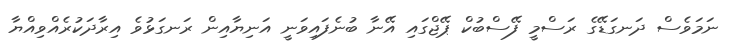
ނަމަވެސް ދަނގަޑޭގެ ރަސްމީ ފޭސްބުކް ޕޭޖްގައި އޭނާ ބުނެފައިވަނީ އަނިޔާއިން ރަނގަޅުވެ އިރާދަކުރެއްވިއްޔާ